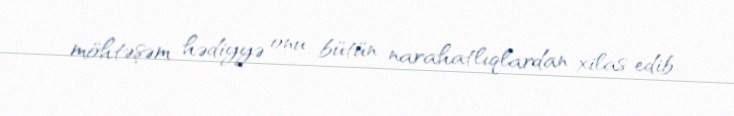
möhtəşəm hədiyyə onu bütün narahatlıqlardan xilas edib.